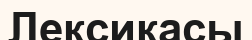
Лексикасы